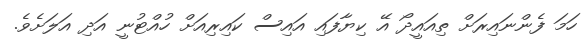
ހަމަ ފެންނައިރަށް ތިއައީދޯ އޭ ކިޔާފައި އައިސް ކައިރިއަށް ހުއްޓުނީ އަދި އަލަށެވެ.